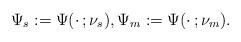
LaTeX: \begin{align*}\Psi_s:=\Psi(\cdot\,;\nu_s),\Psi_m:=\Psi(\cdot\,;\nu_m).\end{align*}